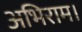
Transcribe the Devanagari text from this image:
अभिराम।